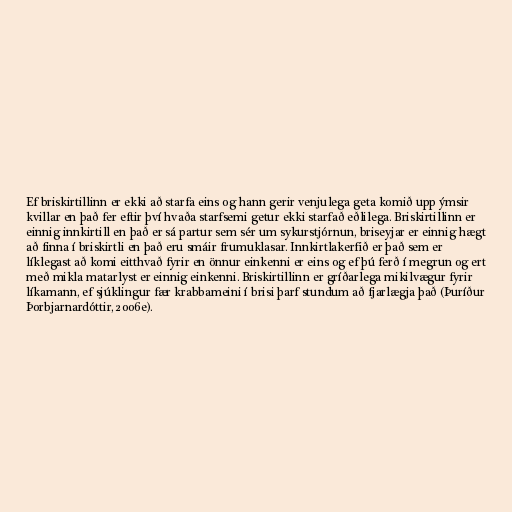
Ef briskirtillinn er ekki að starfa eins og hann gerir venjulega geta komið upp ýmsir
kvillar en það fer eftir því hvaða starfsemi getur ekki starfað eðlilega. Briskirtillinn er
einnig innkirtill en það er sá partur sem sér um sykurstjórnun, briseyjar er einnig hægt
að finna í briskirtli en það eru smáir frumuklasar. Innkirtlakerfið er það sem er
líklegast að komi eitthvað fyrir en önnur einkenni er eins og ef þú ferð í megrun og ert
með mikla matarlyst er einnig einkenni. Briskirtillinn er gríðarlega mikilvægur fyrir
líkamann, ef sjúklingur fær krabbameini í brisi þarf stundum að fjarlægja það (Þuríður
Þorbjarnardóttir, 2006e).